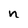
Character: n